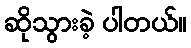
ဆိုသွားခဲ့ ပါတယ်။